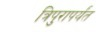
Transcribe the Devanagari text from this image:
त्रिपुरापर्यंत